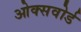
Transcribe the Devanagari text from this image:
ओक्सवोर्ड